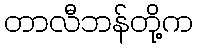
တာလီဘန်တို့က